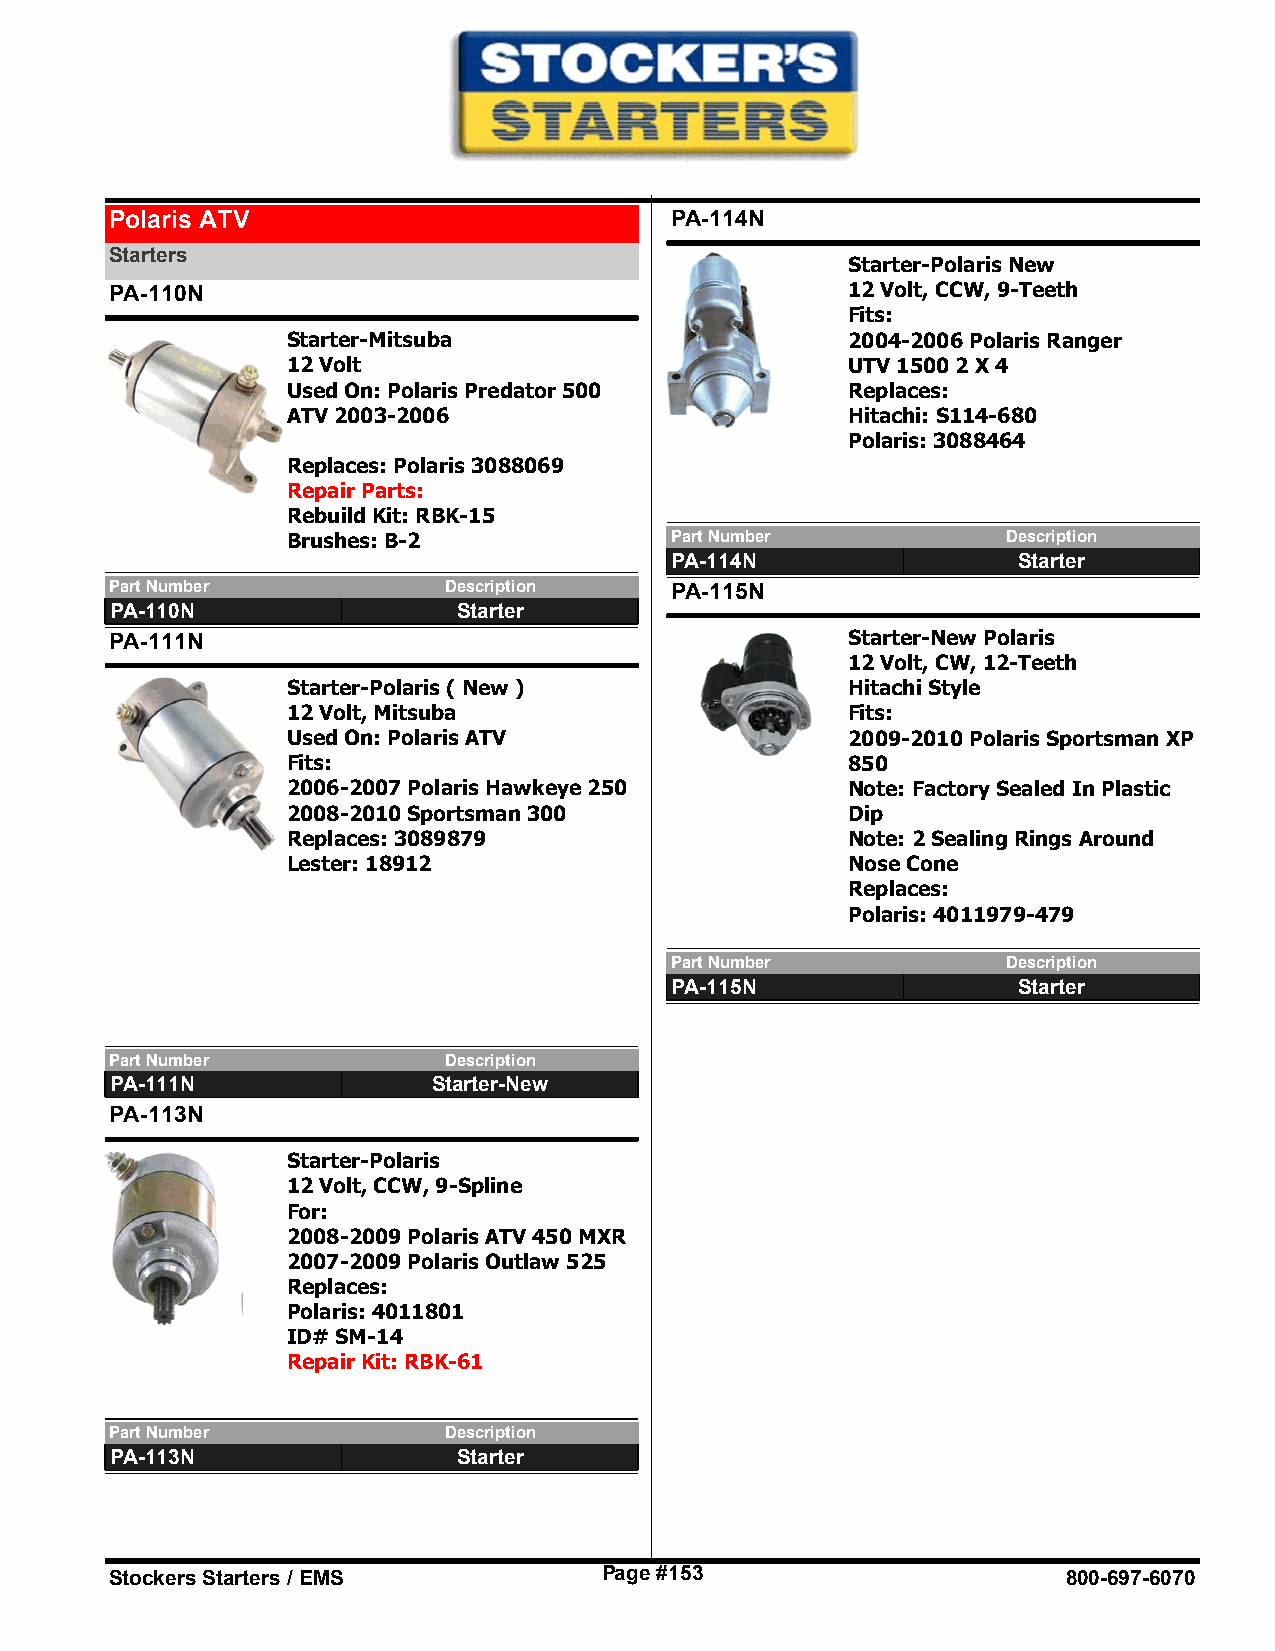
Polaris ATV                          PA-114N
 Starters
 Starter-Polaris New
 PA-110N                                          12 Volt, CCW, 9-Teeth
 Fits:
 Starter-Mitsuba                      2004-2006 Polaris Ranger
 12 Volt                              UTV 1500 2 X 4
 Used On: Polaris Predator 500        Replaces:
 ATV 2003-2006                        Hitachi: S114-680
 Polaris: 3088464
 Replaces: Polaris 3088069
 Repair Parts:
 Rebuild Kit: RBK-15
 Brushes: B-2             Part Number            Description
 PA-114N                Starter
 Part Number           Description    PA-115N
 PA-110N                Starter
 PA-111N                                          Starter-New Polaris
 12 Volt, CW, 12-Teeth
 Starter-Polaris ( New )              Hitachi Style
 12 Volt, Mitsuba                     Fits:
 Used On: Polaris ATV                 2009-2010 Polaris Sportsman XP
 Fits:                                850
 2006-2007 Polaris Hawkeye 250        Note: Factory Sealed In Plastic
 2008-2010 Sportsman 300              Dip
 Replaces: 3089879                    Note: 2 Sealing Rings Around
 Lester: 18912                        Nose Cone
 Replaces:
 Polaris: 4011979-479
 Part Number            Description
 PA-115N                Starter
 Part Number           Description
 PA-111N               Starter-New
 PA-113N
 Starter-Polaris
 12 Volt, CCW, 9-Spline
 For:
 2008-2009 Polaris ATV 450 MXR
 2007-2009 Polaris Outlaw 525
 Replaces:
 Polaris: 4011801
 ID# SM-14
 Repair Kit: RBK-61
 Part Number           Description
 PA-113N                Starter
 Stockers Starters / EMS          Page #153                      800-697-6070